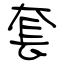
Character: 套